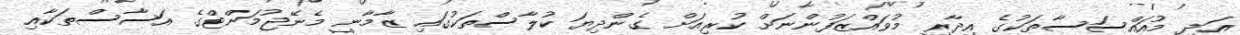
އަދި މުއައްސަސާތަކުގެ އިދާރީ މުވައްޒަފުންނަށް ކުރިއަށް ގެންދިޔަ ކުލާސްތަކުގައި ޒާމާނީ މެނޭޖުމަންޓްގެ އަސާސްތަކާއި